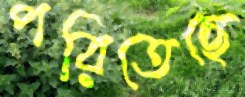
পরিতেছে